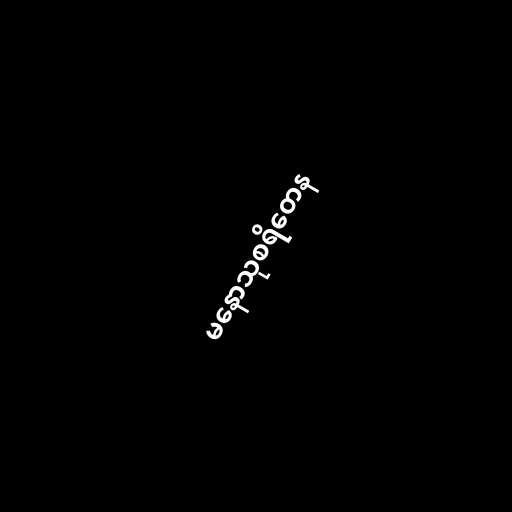
မနောသုစရိတေန